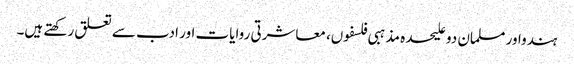
ہندواور مسلمان دو علیحدہ مذہبی فلسفوں، معاشرتی روایات اور ادب سے تعلق رکھتے ہیں۔